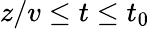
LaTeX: z/v\leq t\leq t_{0}